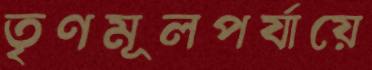
তৃণমূলপর্যায়ে